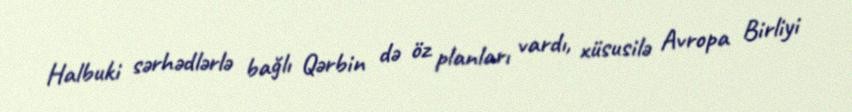
Halbuki sərhədlərlə bağlı Qərbin də öz planları vardı, xüsusilə Avropa Birliyi